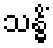
သန္ဓိံ